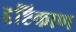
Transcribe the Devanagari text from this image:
दृष्टिकाण